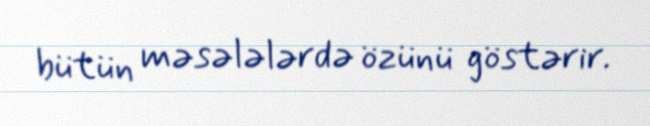
bütün məsələlərdə özünü göstərir.